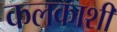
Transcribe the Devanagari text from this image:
कलकाशी